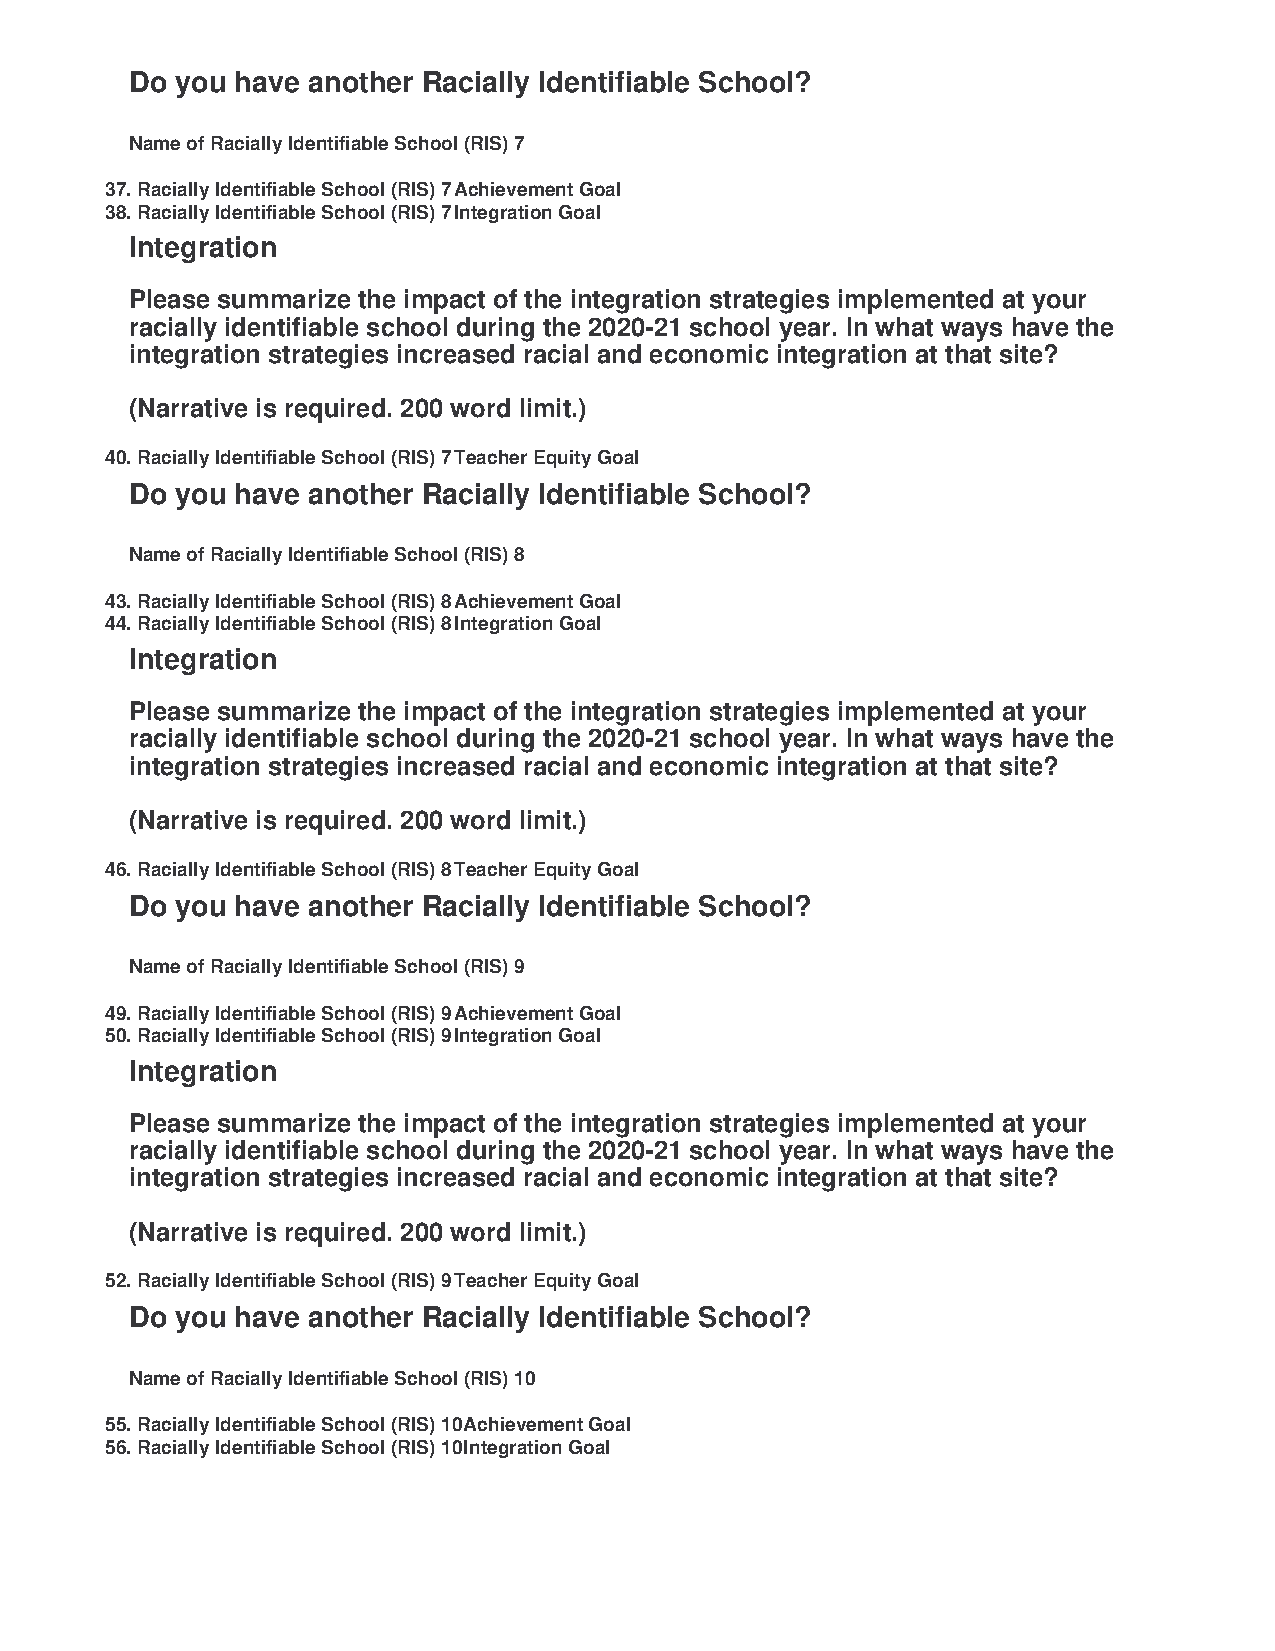
Do you have another Racially Identifiable School?
 Name of Racially Identifiable School (RIS) 7
 37. Racially Identifiable School (RIS) 7 Achievement Goal
 38. Racially Identifiable School (RIS) 7 Integration Goal
 Integration
 Please summarize the impact of the integration strategies implemented at your
 racially identifiable school during the 2020-21 school year. In what ways have the
 integration strategies increased racial and economic integration at that site?
 (Narrative is required. 200 word limit.)
 40. Racially Identifiable School (RIS) 7 Teacher Equity Goal
 Do you have another Racially Identifiable School?
 Name of Racially Identifiable School (RIS) 8
 43. Racially Identifiable School (RIS) 8 Achievement Goal
 44. Racially Identifiable School (RIS) 8 Integration Goal
 Integration
 Please summarize the impact of the integration strategies implemented at your
 racially identifiable school during the 2020-21 school year. In what ways have the
 integration strategies increased racial and economic integration at that site?
 (Narrative is required. 200 word limit.)
 46. Racially Identifiable School (RIS) 8 Teacher Equity Goal
 Do you have another Racially Identifiable School?
 Name of Racially Identifiable School (RIS) 9
 49. Racially Identifiable School (RIS) 9 Achievement Goal
 50. Racially Identifiable School (RIS) 9 Integration Goal
 Integration
 Please summarize the impact of the integration strategies implemented at your
 racially identifiable school during the 2020-21 school year. In what ways have the
 integration strategies increased racial and economic integration at that site?
 (Narrative is required. 200 word limit.)
 52. Racially Identifiable School (RIS) 9 Teacher Equity Goal
 Do you have another Racially Identifiable School?
 Name of Racially Identifiable School (RIS) 10
 55. Racially Identifiable School (RIS) 10 Achievement Goal
 56. Racially Identifiable School (RIS) 10 Integration Goal